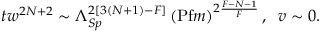
t w ^ { 2 N + 2 } \sim \Lambda _ { S p } ^ { 2 [ 3 ( N + 1 ) - F ] } \left( \mathrm { P f } m \right) ^ { 2 \frac { F - N - 1 } { F } } , \; \; v \sim 0 .